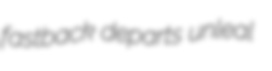
fastback departs unleal